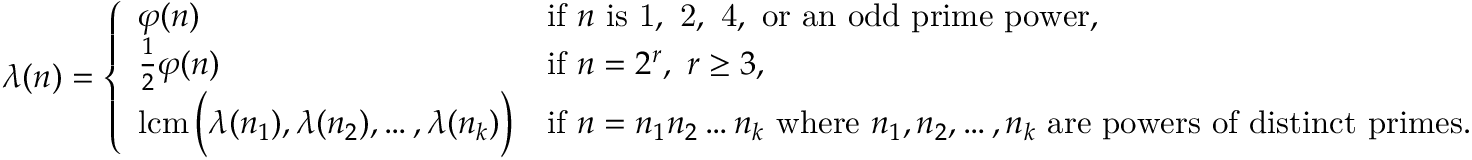
\lambda ( n ) = { \left\{ \begin{array} { l l } { \varphi ( n ) } & { { \mathrm { i f ~ } } n { \mathrm { ~ i s ~ 1 , ~ 2 , ~ 4 , ~ o r ~ a n ~ o d d ~ p r i m e ~ p o w e r , } } } \\ { { \frac { 1 } { 2 } } \varphi ( n ) } & { { \mathrm { i f ~ } } n = 2 ^ { r } , \ r \geq 3 , } \\ { \operatorname { l c m } { \Bigl ( } \lambda ( n _ { 1 } ) , \lambda ( n _ { 2 } ) , \ldots , \lambda ( n _ { k } ) { \Bigr ) } } & { { \mathrm { i f ~ } } n = n _ { 1 } n _ { 2 } \ldots n _ { k } { \mathrm { ~ w h e r e ~ } } n _ { 1 } , n _ { 2 } , \ldots , n _ { k } { \mathrm { ~ a r e ~ p o w e r s ~ o f ~ d i s t i n c t ~ p r i m e s . } } } \end{array} \right. }